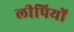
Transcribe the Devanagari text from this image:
लीपियों